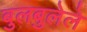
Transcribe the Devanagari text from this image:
बुलबुलेले